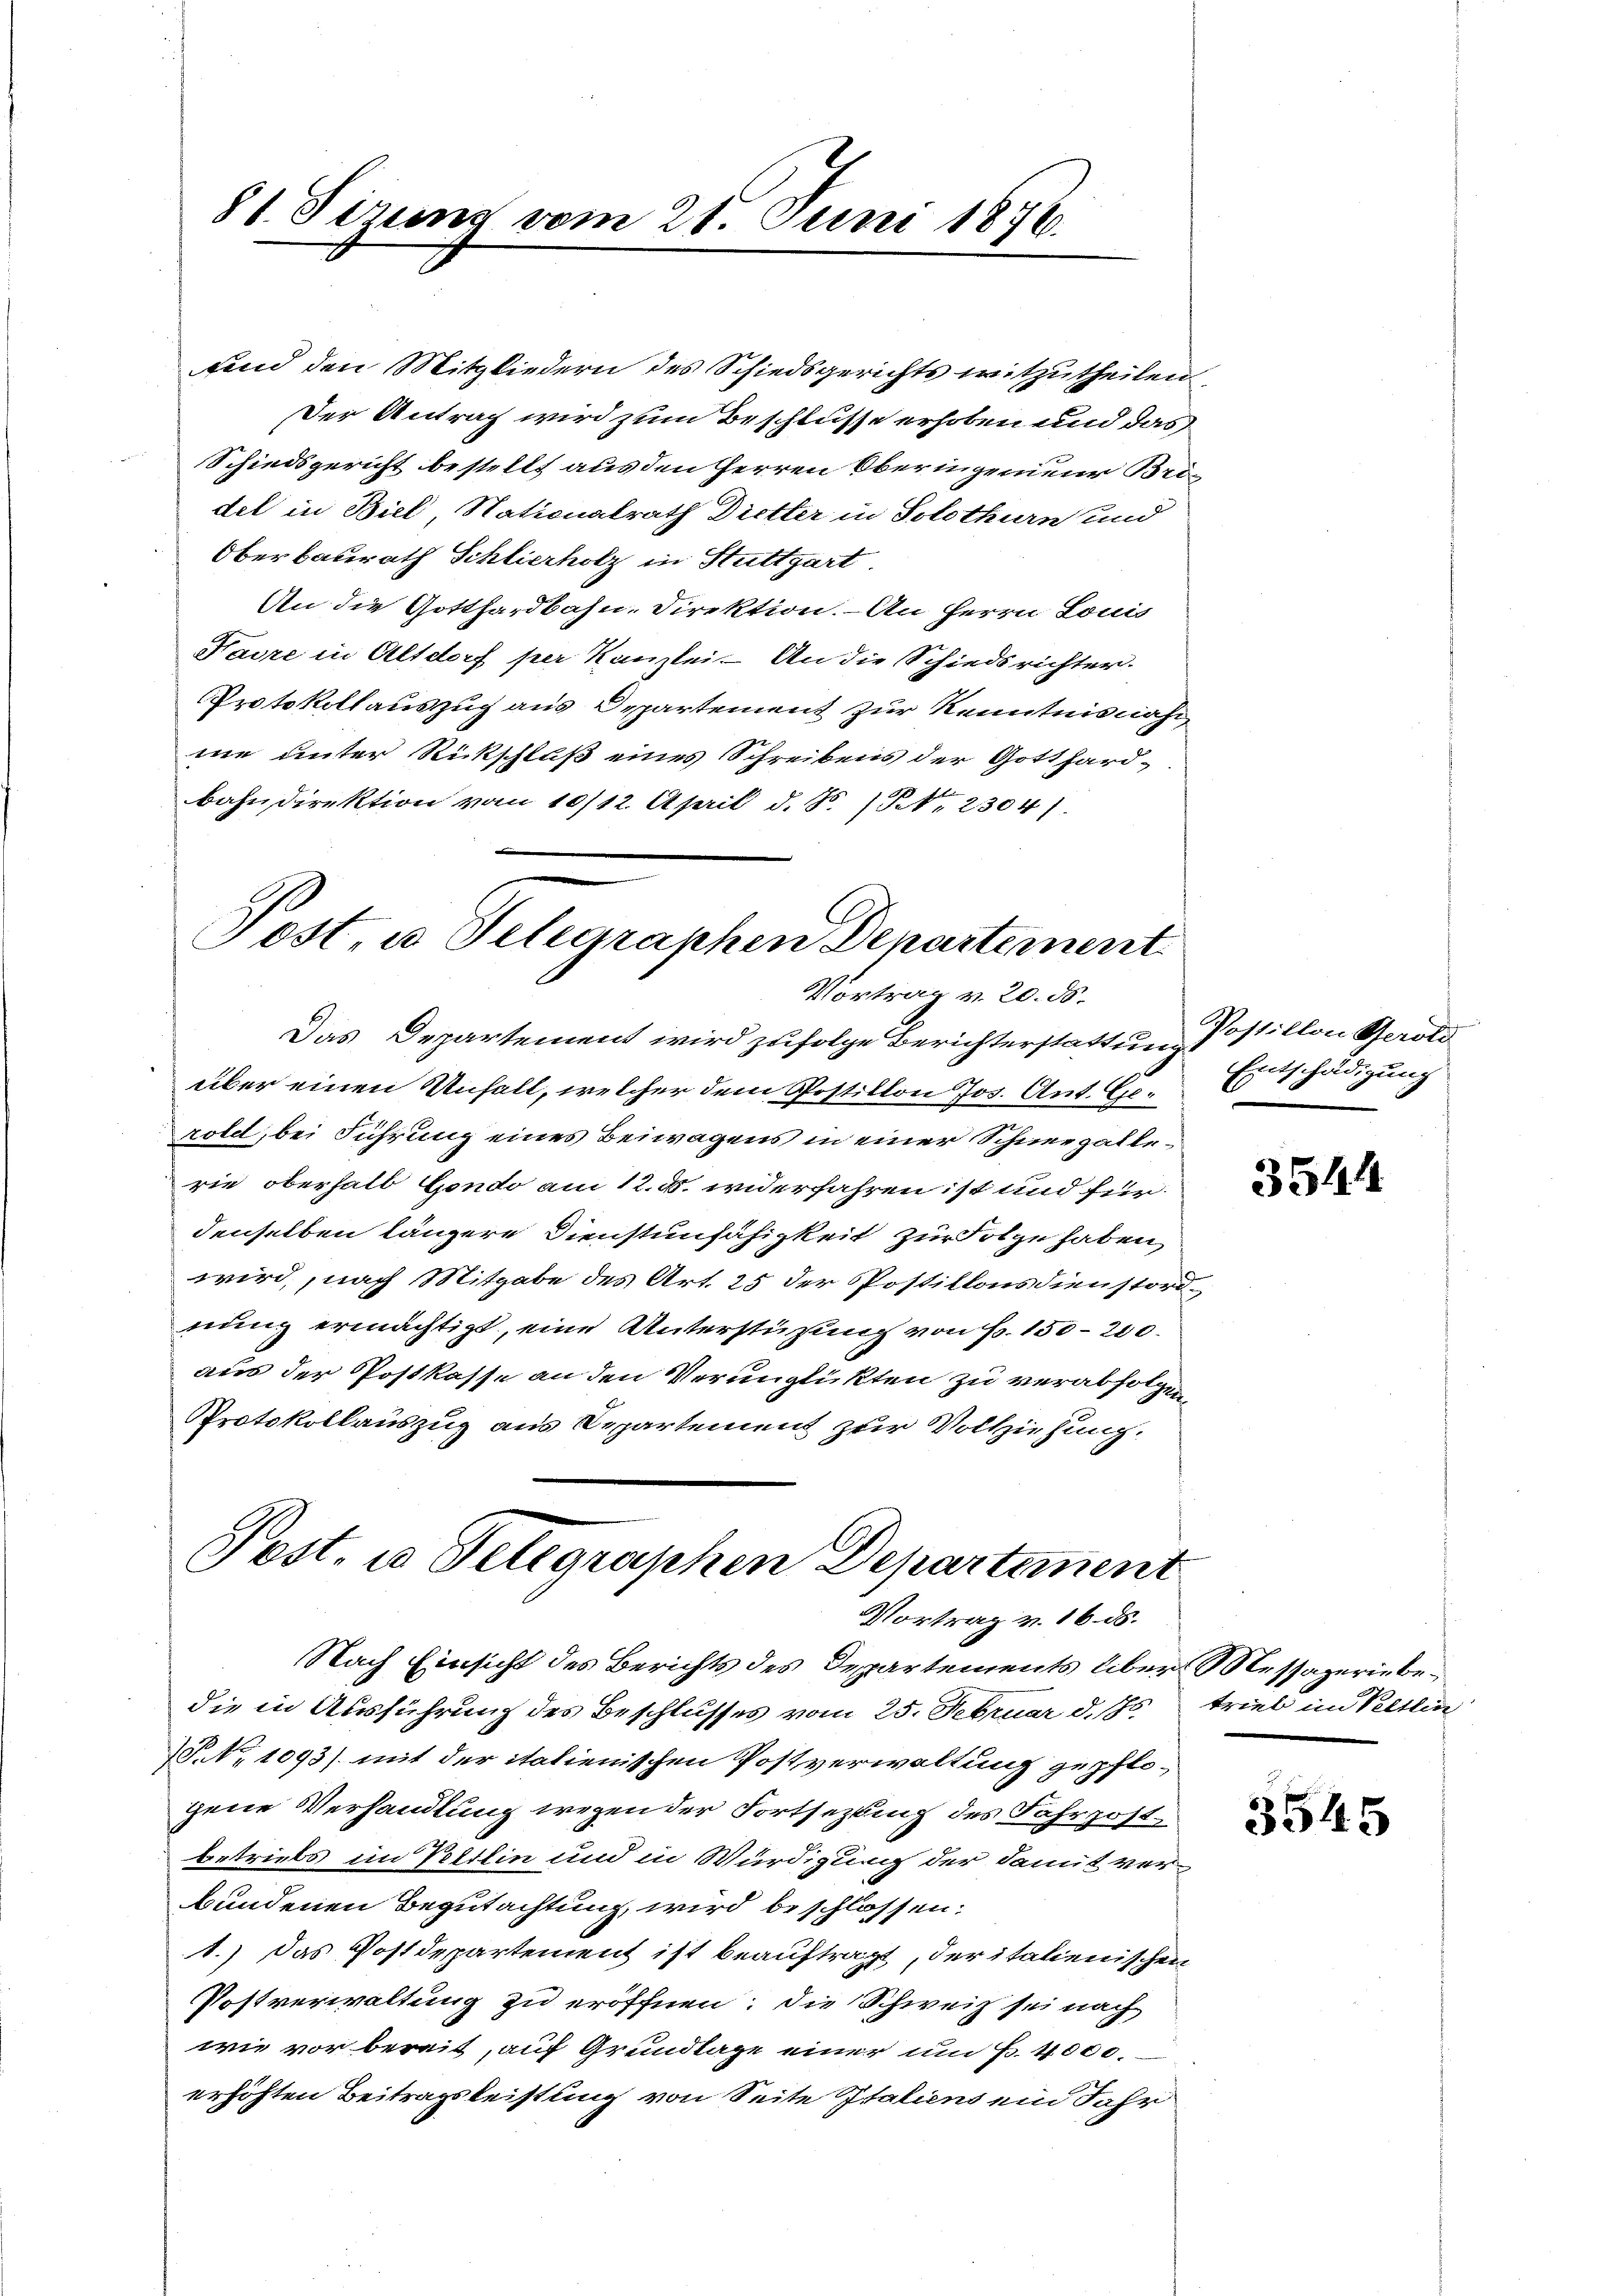
fend den Mitgliedern des Schiedsgerichts mitzutheilen
Der Antrag wird zum Beschlusse erhoben und das
Schiedsgericht bestellt aus den Herren Oberingenieur Bridel in Biel, Nationalrath Dietter in Solothurn und
Oberbauerath Schlierholz in Stuttgart
An die Gotthardbahn-Direktion. — An Herrn Louis
Favre in Altdorf per Kanzlei- An die Schiedsrichter.
Protokollauszug aus Departement zur Kenntnisnah
me unter Rückschluß eines Schreibens der Gotthard-
bahndirektion vom 10/12. April d. Js. No. 2304)

81 Firung vom 21. Juni 1876.

Post u. Telegraphen Departement
Vortrag v. 20. ds.

Vortrag v. 16. ds.

Nach Einsicht des Berichts des Departements über Messaperin bedie in Ausführung des Beschlusses vom 25. Februar d. Js.
P. Nr. 1093) mit der italienischen Postverwaltung gepflo-
gene Verhandlung wegen der Fortsetztung des Fahrpostbetriebs im Veltlin und in Würdigung der damit ver-
bundenen Begutachtung wird beschlossen:
1.) Das Postdepartement ist beauftragt, der italienischen
Postverwaltung zu eröffnen; die Schweiz sei nach
wie vorbereit, auf Grundlage einer um Fr. 4000.
erhöhten Beitragsleistung von Seite Italiens ein Jahr

Das Departement wird zufolge Berichterstattung so stillon Gerold
über einen Unfall, welcher dem Postillon Jos. Ant. Eizold, bei Führung eines Beiwagens in einer Schneegallerie oberhalb Gondo am 12. d. widerfahren ist und für
denselben längere Dienstunfähigkeit zur Folge haben,
wird, nach Mitgabe des Art. 25 der Postillonsdienstordnung ermächtigt, eine Unterstützung von S. 150-200.
aus der Postkasse an den Verunglükten zu verabfolgen,
Protokollauszug aus Departement zur Vollziehung.
Post, wo Telegraphen Departement

Entschädigung
2

3544

trieb im Veltlin

3545